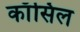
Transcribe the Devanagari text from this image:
काँसिल